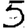
Digit: 5